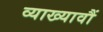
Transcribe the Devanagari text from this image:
व्याख्यावौं